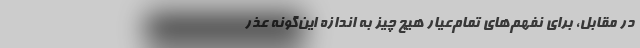
در مقابل، برای نفهم‌های تمام‌عیار هیچ چیز به اندازهٔ این‌گونه عذر